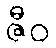
ဇီဝ